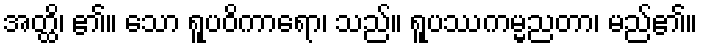
အတ္ထိ၊ ၏။ သော ရူပဝိကာရော၊ သည်။ ရူပဿကမ္မညတာ၊ မည်၏။